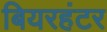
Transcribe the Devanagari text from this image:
बियरहंटर